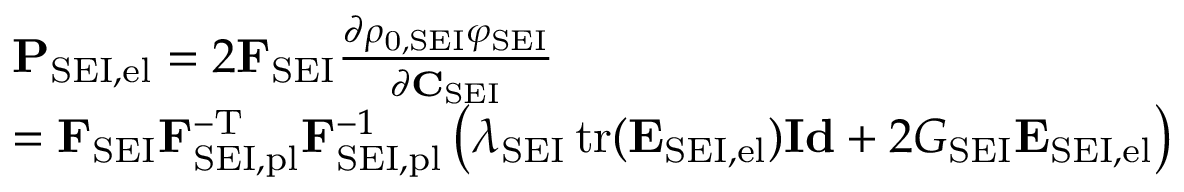
\begin{array} { r l } & { \mathbf { P } _ { \mathrm { S E I , e l } } = 2 \mathbf { F } _ { \mathrm { S E I } } \frac { \partial \rho _ { \mathrm { 0 , S E I } } \varphi _ { \mathrm { S E I } } } { \partial \mathbf { C } _ { \mathrm { S E I } } } } \\ & { = \mathbf { F } _ { \mathrm { S E I } } \mathbf { F } _ { \mathrm { S E I , p l } } ^ { - \mathrm { T } } \mathbf { F } _ { \mathrm { S E I , p l } } ^ { - 1 } \left( \lambda _ { \mathrm { S E I } } \operatorname { t r } ( \mathbf { E } _ { \mathrm { S E I , e l } } ) \mathbf { I d } + 2 G _ { \mathrm { S E I } } \mathbf { E } _ { \mathrm { S E I , e l } } \right) } \end{array}